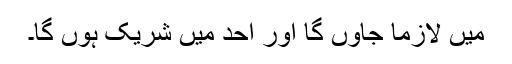
میں لازماً جاؤں گا اور اُحُد میں شریک ہوں گا۔